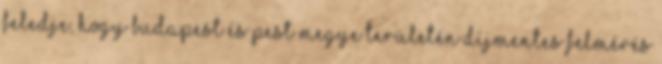
feledje, hogy Budapest és Pest megye területén díjmentes felmérés